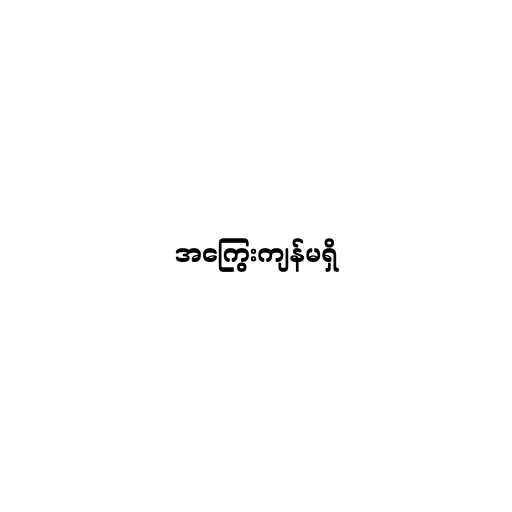
အကြွေးကျန်မရှိ